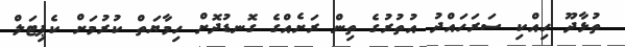
ތުޅާދޫ ހިއްކި ސަރަހައްދު އުތުރުގެ ތިން ރަށެއްގެ ގޮނޑުދޮށް ހިމާޔަތް ކުރުމަށް ކެޕިޓަލް